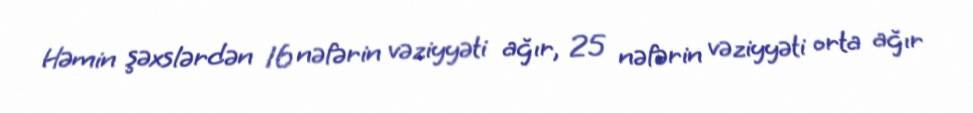
Həmin şəxslərdən 16 nəfərin vəziyyəti ağır, 25 nəfərin vəziyyəti orta ağır